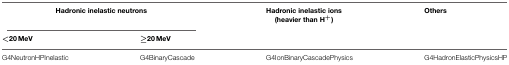
| <COLSPAN=2> Hadronic inelastic neutrons | Hadronic inelastic ions (heavier than H+) | Others |
 | <20 MeV | ≥20 MeV |  |
 | --- | --- | --- | --- |
 | G4NeutronHPInelastic | G4BinaryCascade | G4IonBinaryCascadePhysics | G4HadronElasticPhysicsHP |